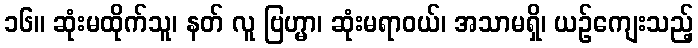
၁၆။ ဆုံးမထိုက်သူ၊ နတ် လူ ဗြဟ္မာ၊ ဆုံးမရာဝယ်၊ အသာမရှိ၊ ယဉ်ကျေးသည့်